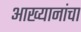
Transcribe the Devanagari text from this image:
आख्यानांचा